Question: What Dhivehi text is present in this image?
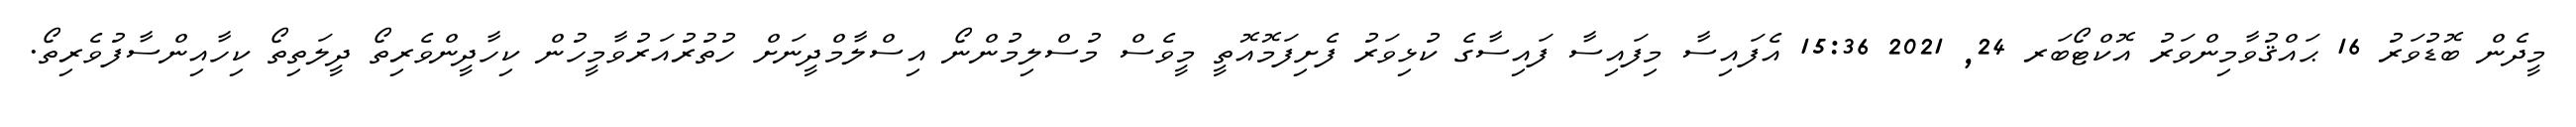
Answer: މީދެން ބޮޑުވަރު 16 ޙައްޤުވާމިންވަރު އޮކްޓޯބަރ 24, 2021 15:36 އެފައިސާ މިފައިސާ ފައިސާގެ ކުޅިވަރު ފެށިފަމޮއޮތީ މީވެސް މުސްލިމުންނޯ އިސްލާމްދީނަށް ހުތުރުއަރުވާމީހުން ކިހާދީންވެރިތޯ ދީލަތިތޯ ކިހާއިންސާފުވެރިތޯ.